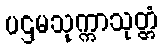
ပဌမသုက္ကာသုတ္တံ